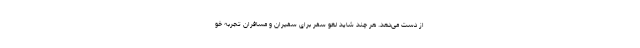
از دست می‌دهد. هر چند شاید لغو سفر برای سفیران و مسافران تجربه خو